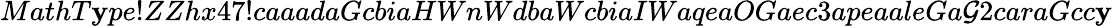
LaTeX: MathT\mathbf{y}pe!ZZhx47!caaadaGcbiaHWnWdbaWcbiaIWaqeaOGaec3apeaaleGa\mathcal{G}2caraGcc\mathbf{y}